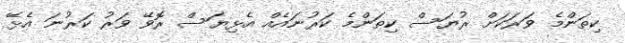
ކިތަންމެ ވަރަކަށް ރުޔަސް ކިތަންމެ ކަރުނައެއް އެޅިޔަސް ރޮވޭ ވަރު ކަރުނަ އެޅޭ